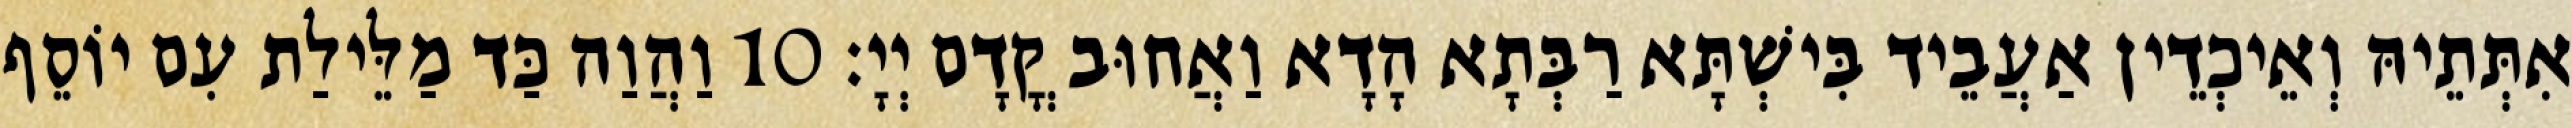
אִתְּתֵיהּ וְאֵיכְדֵין אַעֲבֵיד בִּישְׁתָּא רַבְּתָא הָדָא וַאֲחוּב קֳדָם יְיָ׃ 10 וַהֲוַה כַּד מַלֵּילַת עִם יוֹסֵף